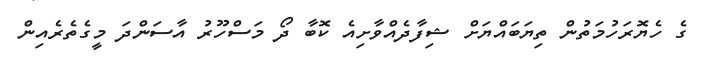
ގެ ހެޔޮރަހުމަތުން ތިޔަބައްޔަށް ޝިފާދެއްވާށިއެ ކޮބާ ދޯ މަސްހޫރު އާސަންދަ މީގެތެރެއިން